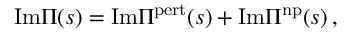
\mathrm { I m } \Pi ( s ) = \mathrm { I m } \Pi ^ { \mathrm { p e r t } } ( s ) + \mathrm { I m } \Pi ^ { \mathrm { n p } } ( s ) \, ,